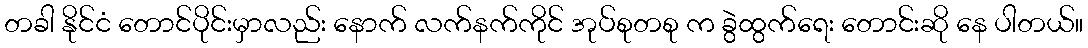
တခါ နိုင်ငံ တောင်ပိုင်းမှာလည်း နောက် လက်နက်ကိုင် အုပ်စုတစု က ခွဲထွက်ရေး တောင်းဆို နေ ပါတယ်။